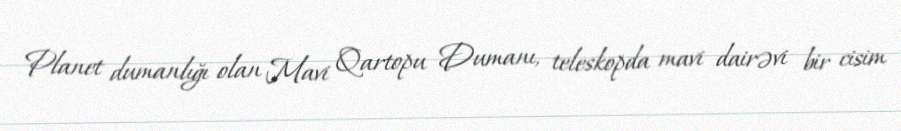
Planet dumanlığı olan Mavi Qartopu Dumanı, teleskopda mavi dairəvi bir cisim